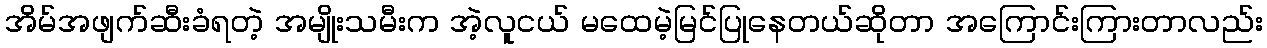
အိမ်အဖျက်ဆီးခံရတဲ့ အမျိုးသမီးက အဲ့လူငယ် မထေမဲ့မြင်ပြုနေတယ်ဆိုတာ အကြောင်းကြားတာလည်း